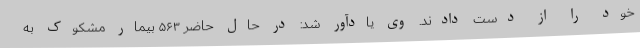
خود را از دست دادند. وی یادآور شد: در حال حاضر ۵۶۳ بیمار مشکوک به